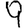
Digit: 9